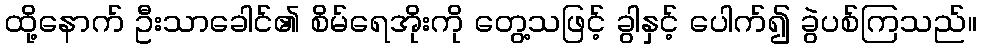
ထို့နောက် ဦးသာခေါင်၏ စိမ်ရေအိုးကို တွေ့သဖြင့် ခွါနှင့် ပေါက်၍ ခွဲပစ်ကြသည်။